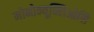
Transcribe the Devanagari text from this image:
मोनोन्यूक्लिओसि